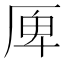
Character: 𠩲